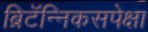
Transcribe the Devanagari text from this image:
ब्रिटॅन्निकसपेक्षा